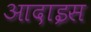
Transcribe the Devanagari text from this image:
आदाइस